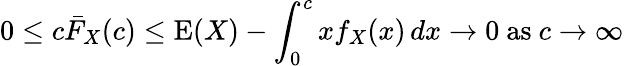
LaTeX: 0\leq c{\bar{F}}_{X}(c)\leq\operatorname{E}(X)-\int_{0}^{c}xf_{X}(x)\, dx\to 0{\mathrm{~as~}}c\to\infty